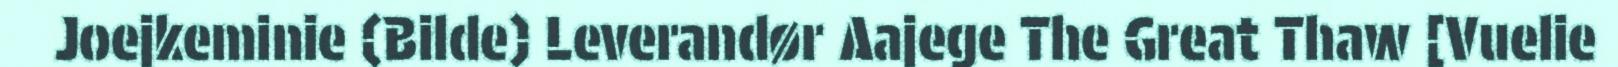
Joejkeminie (Bilde) Leverandør Aajege The Great Thaw [Vuelie